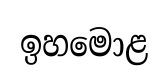
ඉහමොළ